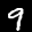
Label: 9